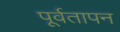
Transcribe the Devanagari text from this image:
पूर्वतापन